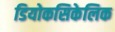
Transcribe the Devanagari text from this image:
डियोकसिकेलिक